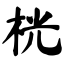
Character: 桄